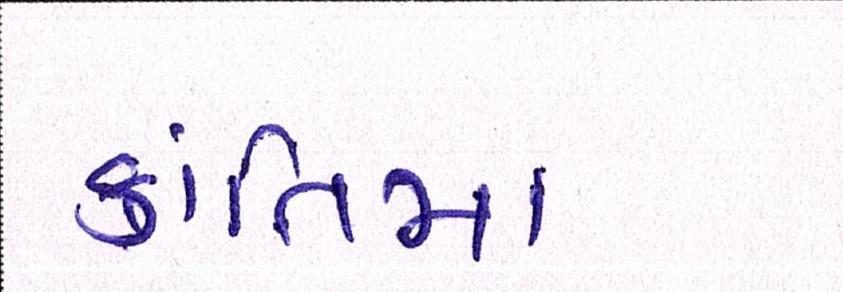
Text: ક્રાંતિમાં